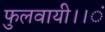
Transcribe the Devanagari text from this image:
फुलवायी।।ं